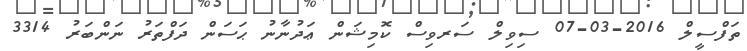
ތަފްސީލް 2016-03-07 ސިވިލް ސަރވިސް ކޮމިޝަން ޢަދުނާނު ޙަސަން ދަފްތަރު ނަންބަރު 3314